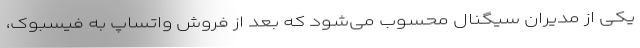
یکی از مدیران سیگنال محسوب می‌شود که بعد از فروش واتساپ به فیسبوک،